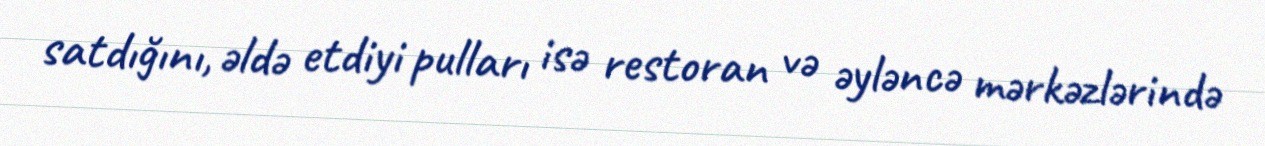
satdığını, əldə etdiyi pulları isə restoran və əyləncə mərkəzlərində